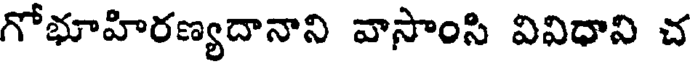
గోభూహిరణ్యదానాని వాసాంసి వివిధాని చ